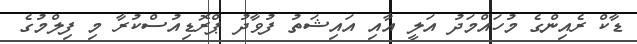
ޑާކް ރެއިންގެ މުހައްމަދު އަލީ އާއި އައިޝަތު ފުވާދު ޕްރޮޑިއުސްކުރާ މި ފިލްމުގެ